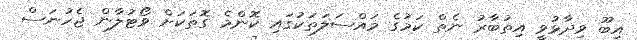
އިބޫ ވިދާޅުވީ އިތުބާރު ނެތް ކަމުގެ މައްސަލަތަކުގައި ކޮންމެ ގޮތަކަށް ވޯޓުލާން ޖެހުނަސް